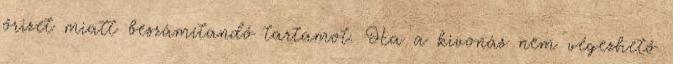
őrizet miatt beszámítandó tartamot. Ha a kivonás nem végezhető